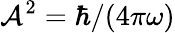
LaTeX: {\cal A}^{2}=\hbar/(4\pi\omega)